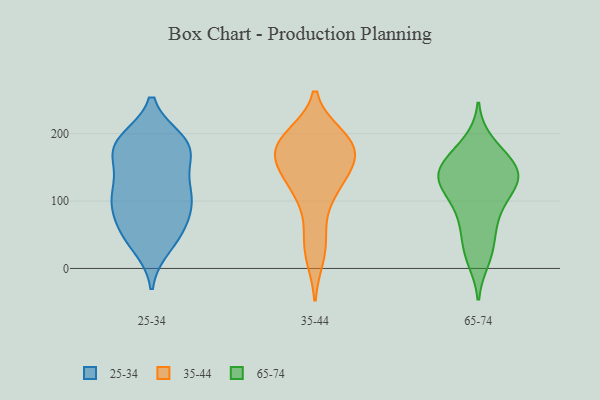
{"axis": {"x": "Net Income (USD K)", "y": "Value"}, "legend": ["25-34", "35-44", "65-74"], "data": [{"x": "", "y": 55, "type": "25-34"}, {"x": "", "y": 167, "type": "25-34"}, {"x": "", "y": 107, "type": "25-34"}, {"x": "", "y": 190, "type": "25-34"}, {"x": "", "y": 186, "type": "25-34"}, {"x": "", "y": 138, "type": "25-34"}, {"x": "", "y": 108, "type": "25-34"}, {"x": "", "y": 60, "type": "25-34"}, {"x": "", "y": 126, "type": "25-34"}, {"x": "", "y": 99, "type": "25-34"}, {"x": "", "y": 99, "type": "25-34"}, {"x": "", "y": 172, "type": "25-34"}, {"x": "", "y": 184, "type": "25-34"}, {"x": "", "y": 66, "type": "25-34"}, {"x": "", "y": 187, "type": "25-34"}, {"x": "", "y": 33, "type": "25-34"}, {"x": "", "y": 178, "type": "25-34"}, {"x": "", "y": 42, "type": "25-34"}, {"x": "", "y": 98, "type": "25-34"}, {"x": "", "y": 167, "type": "35-44"}, {"x": "", "y": 197, "type": "35-44"}, {"x": "", "y": 166, "type": "35-44"}, {"x": "", "y": 133, "type": "35-44"}, {"x": "", "y": 155, "type": "35-44"}, {"x": "", "y": 48, "type": "35-44"}, {"x": "", "y": 188, "type": "35-44"}, {"x": "", "y": 195, "type": "35-44"}, {"x": "", "y": 177, "type": "35-44"}, {"x": "", "y": 18, "type": "35-44"}, {"x": "", "y": 125, "type": "35-44"}, {"x": "", "y": 103, "type": "35-44"}, {"x": "", "y": 14, "type": "65-74"}, {"x": "", "y": 136, "type": "65-74"}, {"x": "", "y": 174, "type": "65-74"}, {"x": "", "y": 33, "type": "65-74"}, {"x": "", "y": 141, "type": "65-74"}, {"x": "", "y": 22, "type": "65-74"}, {"x": "", "y": 142, "type": "65-74"}, {"x": "", "y": 186, "type": "65-74"}, {"x": "", "y": 165, "type": "65-74"}, {"x": "", "y": 64, "type": "65-74"}, {"x": "", "y": 125, "type": "65-74"}, {"x": "", "y": 154, "type": "65-74"}, {"x": "", "y": 145, "type": "65-74"}, {"x": "", "y": 107, "type": "65-74"}, {"x": "", "y": 132, "type": "65-74"}, {"x": "", "y": 81, "type": "65-74"}, {"x": "", "y": 114, "type": "65-74"}, {"x": "", "y": 129, "type": "65-74"}, {"x": "", "y": 73, "type": "65-74"}]}